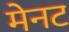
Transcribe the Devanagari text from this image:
मेनट